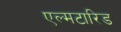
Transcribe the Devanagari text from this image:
एल्मटारिड